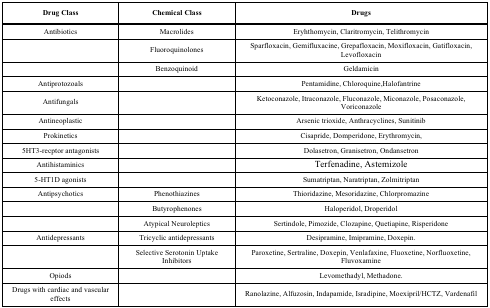
<table><thead><tr><td><b>Drug Class</b></td><td><b>Chemical Class</b></td><td><b>Drugs</b></td></tr></thead><tbody><tr><td>Antibiotics</td><td>Macrolides</td><td>Eryhthomycin, Claritromycin, Telithromycin</td></tr><tr><td></td><td>Fluoroquinolones</td><td>Sparfloxacin, Gemifluxacine, Grepafloxacin, Moxifloxacin, Gatifloxacin, Levofloxacin</td></tr><tr><td></td><td>Benzoquinoid</td><td>Geldamicin</td></tr><tr><td>Antiprotozoals</td><td></td><td>Pentamidine, Chloroquine,Halofantrine</td></tr><tr><td>Antifungals</td><td></td><td>Ketoconazole, Itraconazole, Fluconazole, Miconazole, Posaconazole, Voriconazole</td></tr><tr><td>Antineoplastic</td><td></td><td>Arsenic trioxide, Anthracyclines, Sunitinib</td></tr><tr><td>Prokinetics</td><td></td><td>Cisapride, Domperidone, Erythromycin,</td></tr><tr><td>5HT3-recptor antagonists</td><td></td><td>Dolasetron, Granisetron, Ondansetron</td></tr><tr><td>Antihistaminics</td><td></td><td>Terfenadine, Astemizole</td></tr><tr><td>5-HT1D agonists</td><td></td><td>Sumatriptan, Naratriptan, Zolmitriptan</td></tr><tr><td>Antipsychotics</td><td>Phenothiazines</td><td>Thioridazine, Mesoridazine, Chlorpromazine</td></tr><tr><td></td><td>Butyrophenones</td><td>Haloperidol, Droperidol</td></tr><tr><td></td><td>Atypical Neuroleptics</td><td>Sertindole, Pimozide, Clozapine, Quetiapine, Risperidone</td></tr><tr><td>Antidepressants</td><td>Tricyclic antidepressants</td><td>Desipramine, Imipramine, Doxepin.</td></tr><tr><td></td><td>Selective Serotonin Uptake Inhibitors</td><td>Paroxetine, Sertraline, Doxepin, Venlafaxine, Fluoxetine, Norfluoxetine, Fluvoxamine</td></tr><tr><td>Opiods</td><td></td><td>Levomethadyl, Methadone.</td></tr><tr><td>Drugs with cardiac and vascular effects</td><td></td><td>Ranolazine, Alfuzosin, Indapamide, Isradipine, Moexipril/HCTZ, Vardenafil</td></tr></tbody></table>